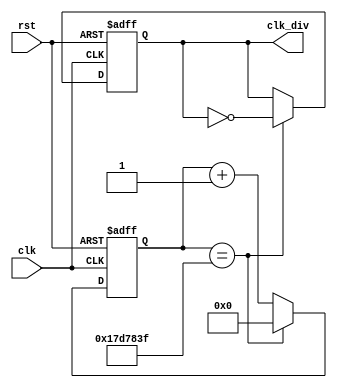
`timescale 1ns / 1ps
//////////////////////////////////////////////////////////////
//////////////////////////////////////////////////////////////////////////////////
module clock_divider(clk ,rst, clk_div  );

input clk;
input rst;
output reg clk_div;

localparam constantNumber = 26'd25000000;

reg [25:0] count;

initial
begin
	count = 26'd0;
end
 
always @ (posedge(clk), posedge(rst))
begin
    if (rst == 1'b1) begin
        count = 26'b0;
	 end
    else if (count == constantNumber - 1) begin
        count = 26'b0;
	 end
    else begin
        count = count + 26'd1;
	 end
end

always @ (posedge(clk), posedge(rst))
begin
    if (rst == 1'b1) begin
        clk_div = 1'b0;
	 end
    else if (count == constantNumber - 1) begin
        clk_div = ~clk_div;
	 end
    else begin
        clk_div = clk_div;
	 end
end

endmodule